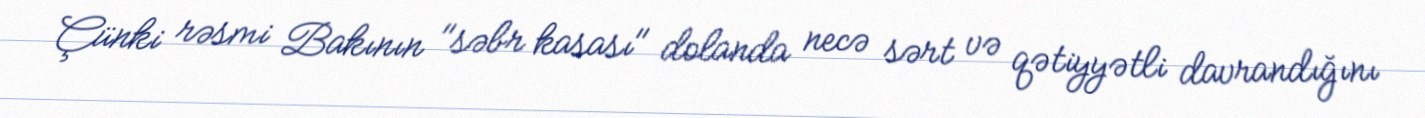
Çünki rəsmi Bakının "səbr kasası" dolanda necə sərt və qətiyyətli davrandığını